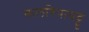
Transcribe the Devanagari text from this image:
कलरिपायट्टु